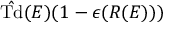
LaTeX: { \hat { \mathrm { T d } } } ( E ) ( 1 - \epsilon ( R ( E ) ) )